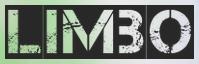
LIMBO